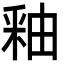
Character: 釉